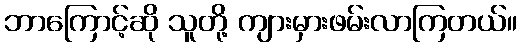
ဘာကြောင့်ဆို သူတို့ ကျားမှားဖမ်းလာကြတယ်။